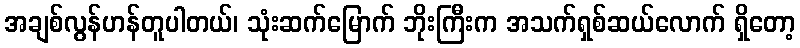
အချစ်လွန်ဟန်တူပါတယ်၊ သုံးဆက်မြောက် ဘိုးကြီးက အသက်ရှစ်ဆယ်လောက် ရှိတော့